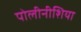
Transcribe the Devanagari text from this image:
पोलीनीशिया